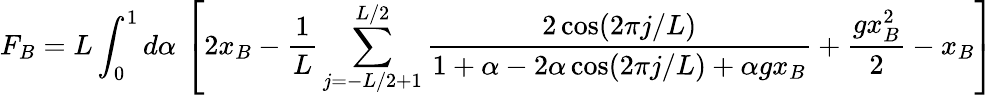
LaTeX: F_{B}=L\int_{0}^{1}d\alpha\, \left[2x_{B}-\frac{1}{L}\sum_{j=-L/2+1}^{L/2}\frac{2\cos(2\pi j/L)}{1+\alpha-2\alpha\cos(2\pi j/L)+\alpha gx_{B}}+\frac{gx_{B}^{2}}{2}-x_{B}\right]